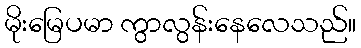
မိုးမြေပမာ ကွာလွန်းနေလေသည်။